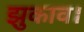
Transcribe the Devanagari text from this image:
झुकाव।